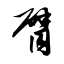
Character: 臂